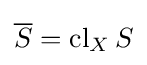
{\overline {S}}=\operatorname {cl} _{X}S